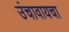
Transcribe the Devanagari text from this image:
उंचावायचा